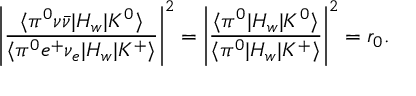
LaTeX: \left| \frac { \langle \pi ^ { 0 } \nu \bar { \nu } | H _ { w } | K ^ { 0 } \rangle } { \langle \pi ^ { 0 } e ^ { + } \nu _ { e } | H _ { w } | K ^ { + } \rangle } \right| ^ { 2 } = \left| \frac { \langle \pi ^ { 0 } | H _ { w } | K ^ { 0 } \rangle } { \langle \pi ^ { 0 } | H _ { w } | K ^ { + } \rangle } \right| ^ { 2 } = r _ { 0 } .